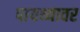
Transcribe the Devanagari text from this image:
पायथ्यावर